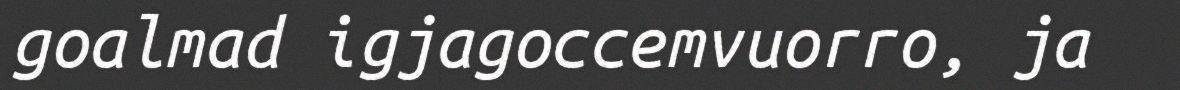
goalmad igjagoccemvuorro, ja